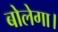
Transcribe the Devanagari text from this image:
बोलेगा।